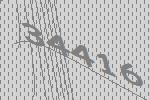
34416